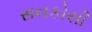
સનકોસી